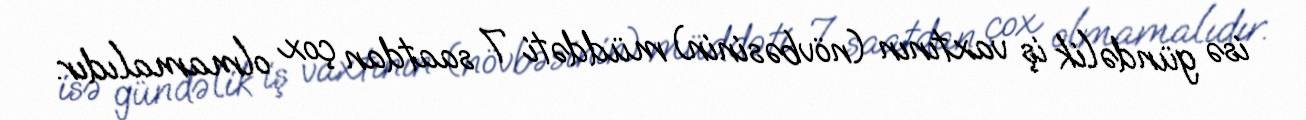
isə gündəlik iş vaxtının (növbəsinin) müddəti 7 saatdan çox olmamalıdır.